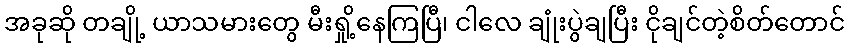
အခုဆို တချို့ ယာသမားတွေ မီးရှို့နေကြပြီ၊ ငါလေ ချုံးပွဲချပြီး ငိုချင်တဲ့စိတ်တောင်